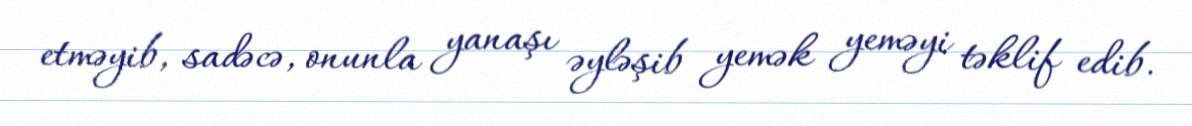
etməyib, sadəcə, onunla yanaşı əyləşib yemək yeməyi təklif edib.